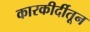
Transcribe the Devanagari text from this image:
कारकीर्दीतून